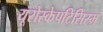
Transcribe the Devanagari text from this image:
यूरोस्केपटिसिस्म